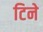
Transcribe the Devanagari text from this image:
टिने